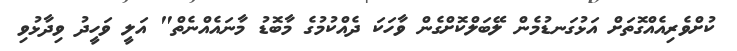
ކުށްވެރިއެއްގޮތަށް އަޅުގަނޑުމެން ލޭބަލްކޮށްގެން ވާހަކަ ދެއްކުމުގެ މާބޮޑު މާނައެއްނެތް" އަލީ ވަހީދު ވިދާޅުވި